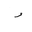
Letter: _dal